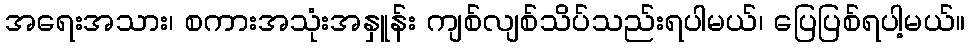
အရေးအသား၊ စကားအသုံးအနှူန်း ကျစ်လျစ်သိပ်သည်းရပါမယ်၊ ပြေပြစ်ရပါ့မယ်။